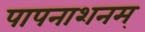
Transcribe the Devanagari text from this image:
पापनाशनम्